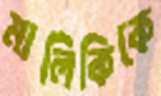
মালিকিকে